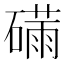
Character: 𮁆